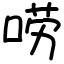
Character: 唠